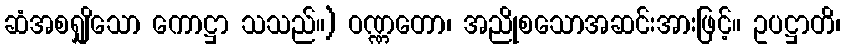
ဆံအစရျှိသော ကောဋ္ဌာ သသည်။) ဝဏ္ဏတော၊ အညိုစသောအဆင်းအားဖြင့်။ ဥပဋ္ဌာတိ၊